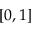
[ 0 , 1 ]